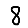
Digit: 8